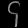
Digit: ၄